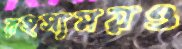
রহস্যময়ও